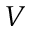
V